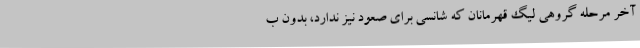
آخر مرحله گروهی لیگ قهرمانان که شانسی برای صعود نیز ندارد، بدون ب